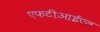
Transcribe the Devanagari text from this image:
एफटीआईएल